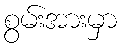
စွမ်းအားမှာ